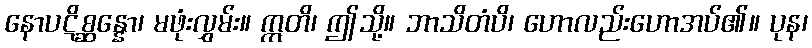
နောပဋိစ္ဆန္နော၊ မဖုံးလွှမ်း။ ဣတိ၊ ဤသို့။ ဘာသိတံပိ၊ ဟောလည်းဟောအပ်၏။ ပုန၊